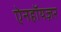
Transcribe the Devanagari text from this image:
ऐनहॉयज़र